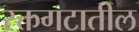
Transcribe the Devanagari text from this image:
रक्तगटातील